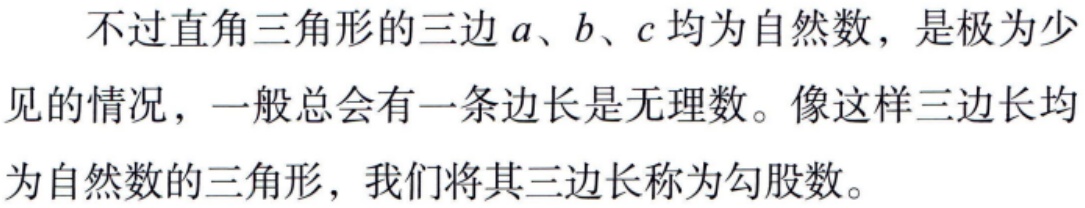
不过直角三角形的三边\(a、b、c\)均为自然数，是极为少见的情况，一般总会有一条边长是无理数。像这样三边长均为自然数的三角形，我们将其三边长称为勾股数。